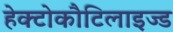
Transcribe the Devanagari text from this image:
हेक्टोकौटिलाइज्ड